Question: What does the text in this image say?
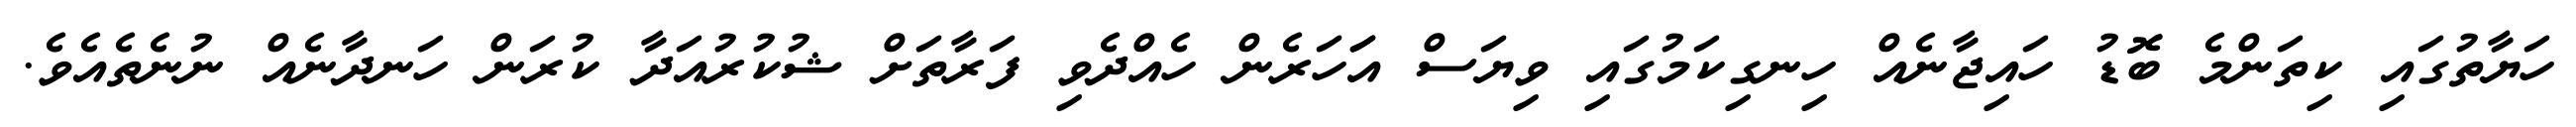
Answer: ހަޔާތުގައި ކިތަންމެ ބޮޑު ހައިޖާނެއް ހިނގިކަމުގައި ވިޔަސް އަަހަރެން ހެއްދެވި ފަރާތަށް ޝުކުރުއަދާ ކުރަން ހަނދާނެއް ނުނެތެއެވެ.